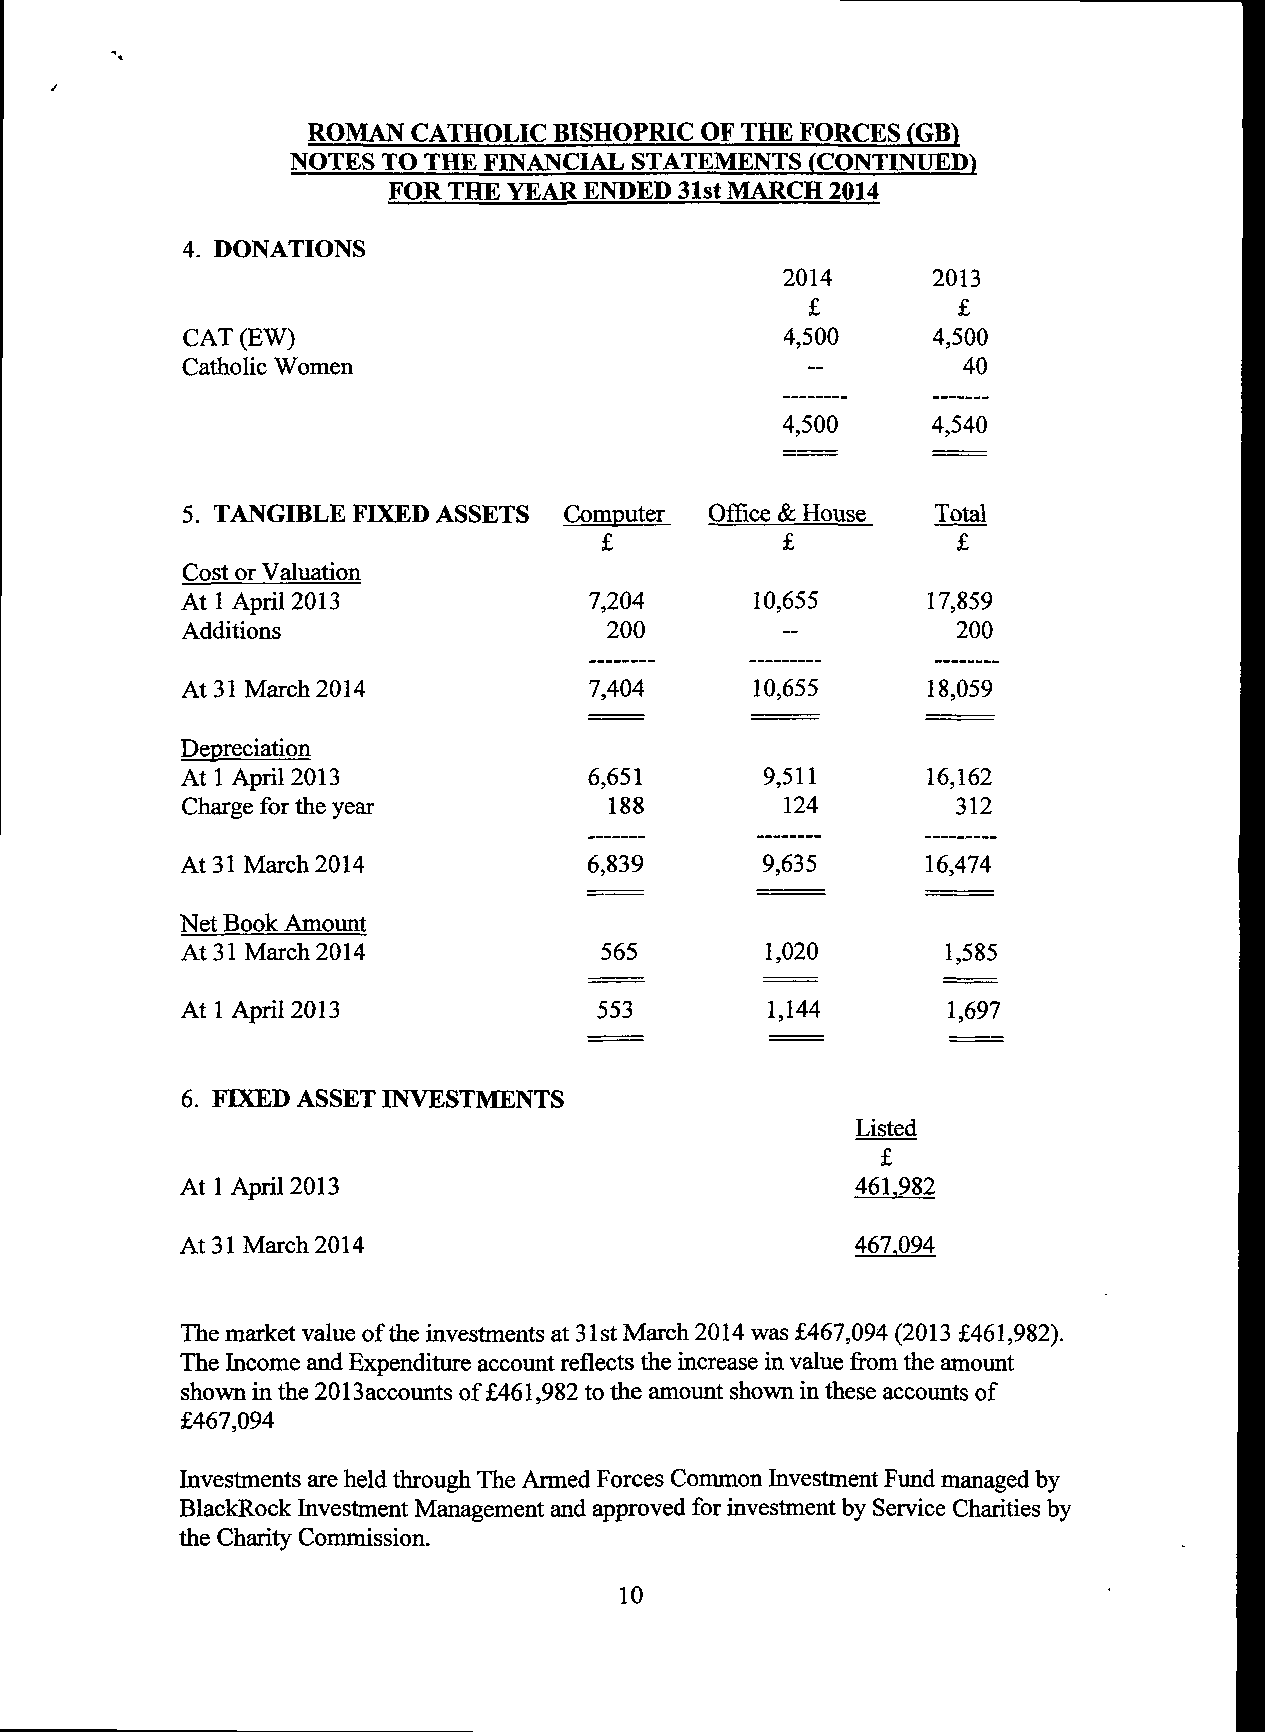
ROMAN  CATHOLIC BISHOPRIC OF THE FORCES (GB^
 NOTES TO THE FINANCIAL STATEMENTS (CONTINUED)
 FOR THE YEAR ENDED 31st MARCH 2014
 4. DONATIONS
 2014      2013
 £         £
 CAT (EW)                                4,500     4,500
 Catholic Women                                      40
 4,500     4,540
 5. TANGIBLE FIXED ASSETS Computer  Office & House Total
 £           £          £
 Cost or Valuation
 At 1 April 2013            7,204      10,655      17,859
 Additions                   200         --         200
 At 31 March 2014           7,404      10,655      18,059
 Depreciation
 At 1 April 2013            6,651       9,511     16,162
 Charge for the year          188        124         312
 At 31 March 2014           6,839       9,635     16,474
 Net Book Amount
 At 31 March2014             565        1,020       1,585
 At 1 April 2013             553        1,144       1,697
 6. FIXED ASSET INVESTMENTS
 Listed
 £
 At 1 April 2013                              461.982
 At 31 March 2014                             467.094
 The market value ofthe investments at 31st March 2014 was £467,094 (2013 £461,982).
 The Income and Expenditure account reflects the increase in value from the amount
 shown in the 2013accounts of £461,982 to the amount shown in these accounts of
 £467,094
 Investments are held through The Armed Forces Common Investment Fund managed by
 BlackRock Investment Management and approved for investment by Service Charities by
 the Charity Commission.
 10